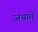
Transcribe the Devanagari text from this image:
जयातें